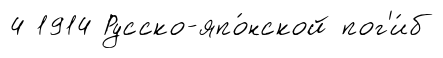
4 1914 Русско-япо́нской пог'и́б